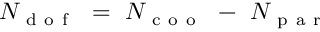
N _ { \mathrm { ~ d ~ o ~ f ~ } } ~ = ~ N _ { \mathrm { ~ c ~ o ~ o ~ } } ~ - ~ N _ { \mathrm { ~ p ~ a ~ r ~ } }